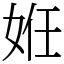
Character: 姙